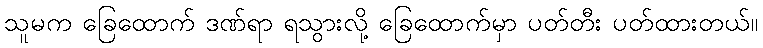
သူမက ခြေထောက် ဒဏ်ရာ ရသွားလို့ ခြေထောက်မှာ ပတ်တီး ပတ်ထားတယ်။